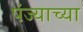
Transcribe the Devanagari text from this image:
पंज्याच्या